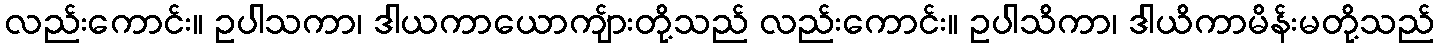
လည်းကောင်း။ ဥပါသကာ၊ ဒါယကာယောကျ်ားတို့သည် လည်းကောင်း။ ဥပါသိကာ၊ ဒါယိကာမိန်းမတို့သည်